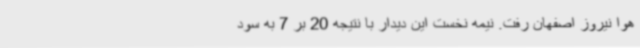
هوا نیروز اصفهان رفت. نیمه نخست این دیدار با نتیجه 20 بر 7 به سود